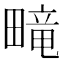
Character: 𬏑